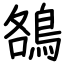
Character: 鵅